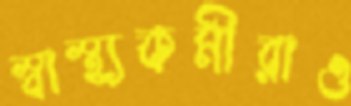
স্বাস্থ্যকর্মীরাও